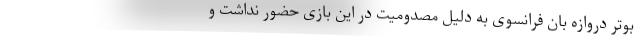
بوتر دروازه بان فرانسوی به دلیل مصدومیت در این بازی حضور نداشت و